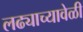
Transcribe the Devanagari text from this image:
लढ्याच्यावेळी